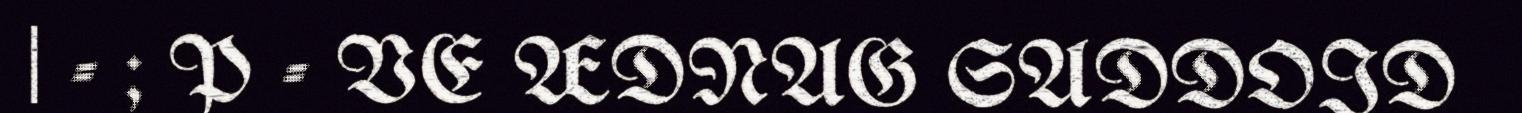
| - ; P - VE ÆDNAG SADDOID